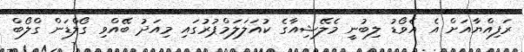
ރަފިއްޔާއަށް އެ އެވޯޑު ލިބުނީ މެލޭޝިއާގެ ކުއަލަލަމްޕުރުގައި މިއަދު ބޭއްވި ގޯލްޑަން ގްލޯބް